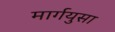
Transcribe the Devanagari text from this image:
मार्गयुसा